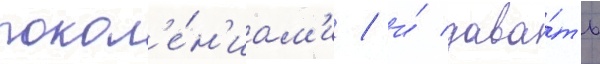
покол'е́н'иам'и / и́ дава́ть